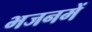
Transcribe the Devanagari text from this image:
भजनमें